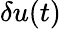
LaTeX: \delta u(t)